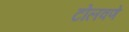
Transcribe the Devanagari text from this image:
टोलवणे